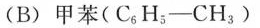
(B)甲苯(C_{6}H_{5}-CH_{3})